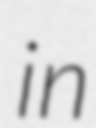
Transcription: in